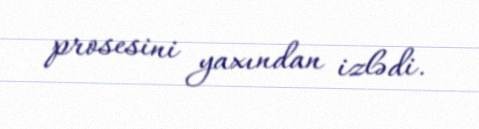
prosesini yaxından izlədi.